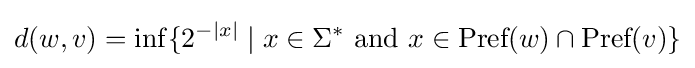
d(w,v)=\inf\{2^{-|x|}\mid x\in \Sigma ^{*}\ {\text{and}}\ x\in {\text{Pref}}(w)\cap {\text{Pref}}(v)\}